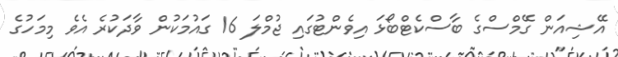
އޭޝިއަން ގޭމްސްގެ ބާސްކެޓްބޯޅަ އިވެންޓުގައި ޖުމްލަ 16 ގައުމަކުން ވާދަކުރެ އެވެ މިމަހުގެ